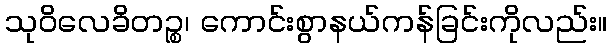
သုဝိလေခိတဉ္စ၊ ကောင်းစွာနယ်ကန်ခြင်းကိုလည်း။